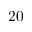
2 0